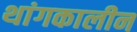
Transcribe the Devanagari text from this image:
थांगकालीन